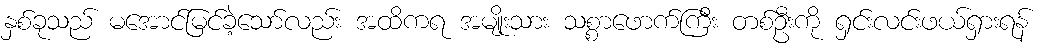
နှစ်ခုသည် မအောင်မြင်ခဲ့သော်လည်း အထိကရ အမျိုးသား သစ္စာဖောက်ကြီး တစ်ဦးကို ရှင်းလင်းဖယ်ရှားရန်